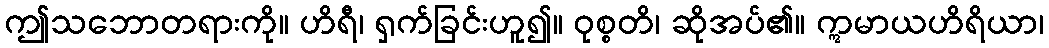
ဤသဘောတရားကို။ ဟိရီ၊ ရှက်ခြင်းဟူ၍။ ဝုစ္စတိ၊ ဆိုအပ်၏။ ဣမာယဟိရိယာ၊